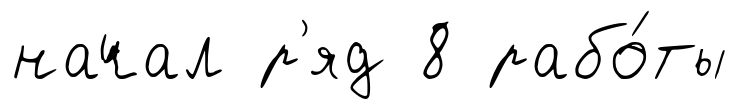
начал р'яд 8 рабо́ты